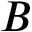
B